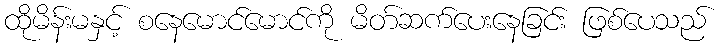
ထိုမိန်းမနှင့် စနေမောင်မောင်ကို မိတ်ဆက်ပေးနေခြင်း ဖြစ်ပေသည်